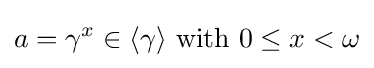
a=\gamma ^{x}\in \langle \gamma \rangle {\text{ with }}0\leq x<\omega